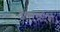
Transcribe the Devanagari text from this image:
उत्तरप्रदेश।